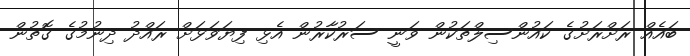
ބައެއް ރަށްރަށުގެ ކައުންސިލްތަކުން ވަނީ ސަރުކާރުން އެޅި ފިޔަވަޅަށް ރައްދު ދިނުމުގެ ގޮތުން